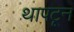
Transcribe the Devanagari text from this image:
थापटून